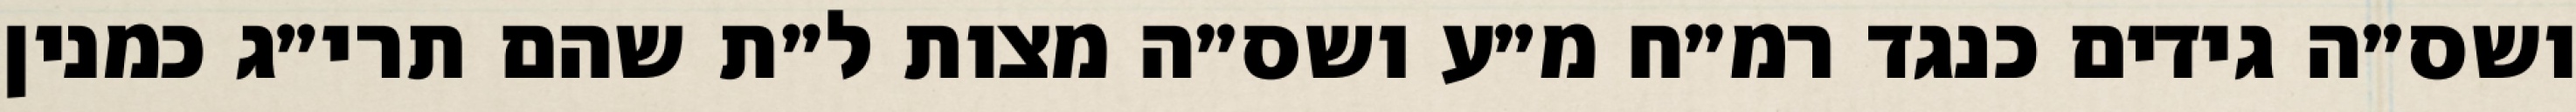
ושס״ה גידים כנגד רמ״ח מ״ע ושס״ה מצות ל״ת שהם תרי״ג כמנין